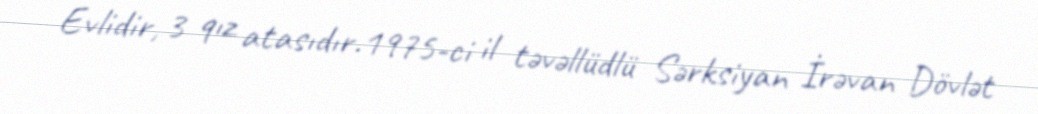
Evlidir, 3 qız atasıdır.1975-ci il təvəllüdlü Sərksiyan İrəvan Dövlət